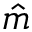
\hat { m }